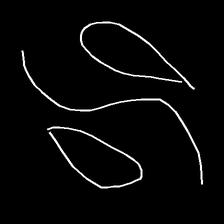
Glyph: water